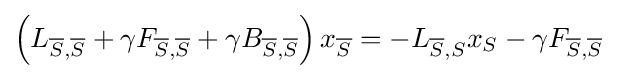
\left(L_{{\overline {S}},{\overline {S}}}+\gamma F_{{\overline {S}},{\overline {S}}}+\gamma B_{{\overline {S}},{\overline {S}}}\right)x_{\overline {S}}=-L_{{\overline {S}},S}x_{S}-\gamma F_{{\overline {S}},{\overline {S}}}